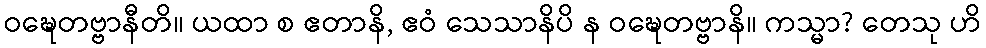
ဝဍ္ဎေတဗ္ဗာနီတိ။ ယထာ စ ဧတာနိ, ဧဝံ သေသာနိပိ န ဝဍ္ဎေတဗ္ဗာနိ။ ကသ္မာ? တေသု ဟိ